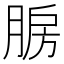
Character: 𰮯